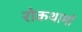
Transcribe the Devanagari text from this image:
रोकथामों